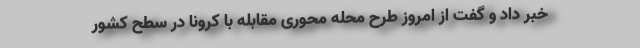
خبر داد و گفت از امروز طرح محله محوری مقابله با کرونا در سطح کشور